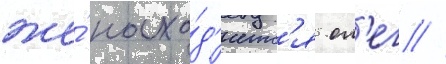
же́ нахо́д'итс'я ол'ег //